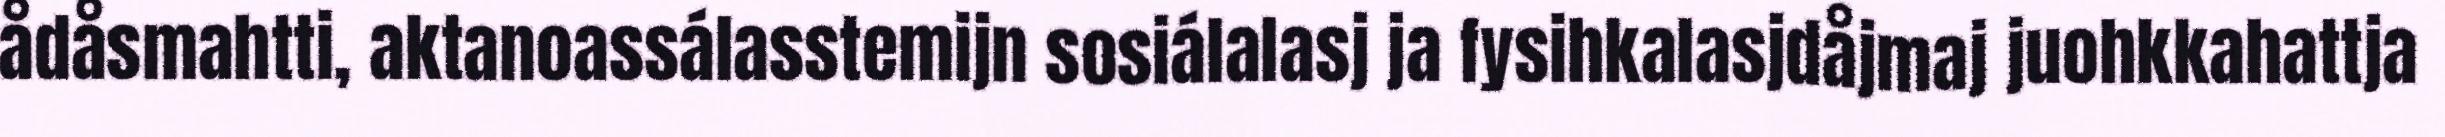
ådåsmahtti, aktanoassálasstemijn sosiálalasj ja fysihkalasjdåjmaj juohkkahattja